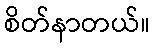
စိတ်နာတယ်။